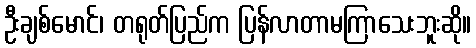
ဦးချစ်မောင်၊ တရုတ်ပြည်က ပြန်လာတာမကြာသေးဘူးဆို။